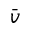
\bar { v }